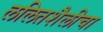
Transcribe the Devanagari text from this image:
ललितशैलीचा